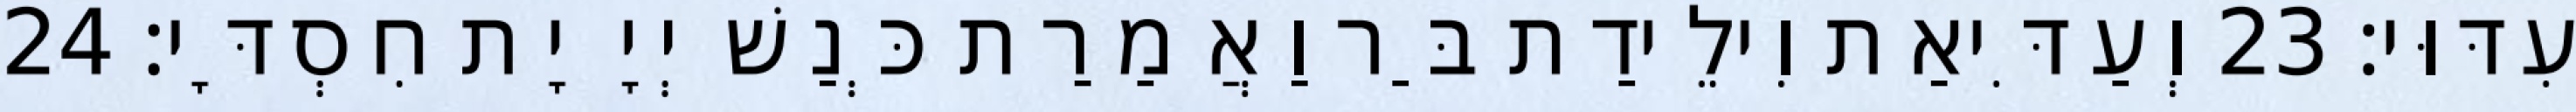
עִדּוּי׃ 23 וְעַדִּיאַת וִילֵידַת בַּר וַאֲמַרַת כְּנַשׁ יְיָ יָת חִסְדָּי׃ 24